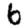
Digit: 6